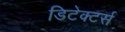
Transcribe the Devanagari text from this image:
डिटेक्टर्स